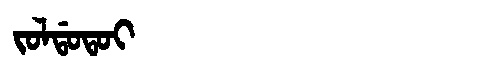
Manchu: ᠵᠣᠯᡩᠣᡨᠣᡳ
Romanization: JOLDOTOI